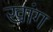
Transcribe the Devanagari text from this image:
खांग